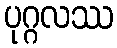
ပုဂ္ဂလဿ